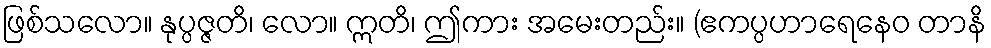
ဖြစ်သလော။ နုပ္ပဇ္ဇတိ၊ လော။ ဣတိ၊ ဤကား အမေးတည်း။ (ဧကပ္ပဟာရေနေဝ တာနိ